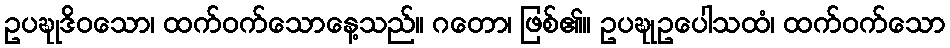
ဥပဍ္ဎုဒိဝသော၊ ထက်ဝက်သောနေ့သည်။ ဂတော၊ ဖြစ်၏။ ဥပဍ္ဎုဥပေါသထံ၊ ထက်ဝက်သော